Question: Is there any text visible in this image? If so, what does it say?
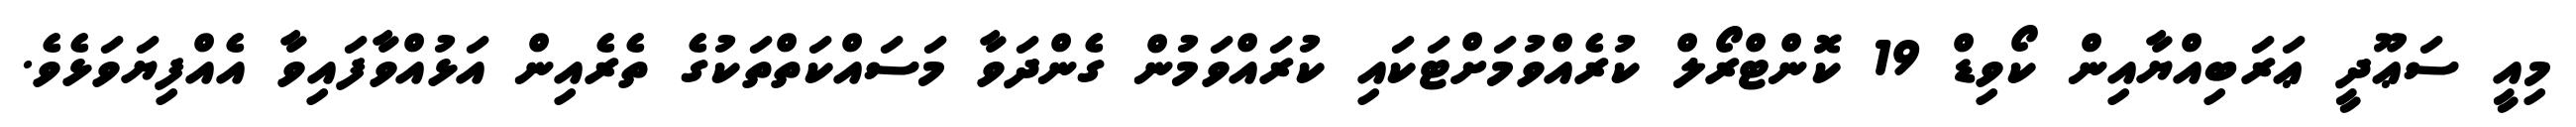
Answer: މިއީ ސަޢޫދީ ޢަރަބިއްޔާއިން ކޯވިޑް 19 ކޮންޓްރޯލް ކުރެއްވުމަށްޓަކައި ކުރައްވަމުން ގެންދަވާ މަސައްކަތްތަކުގެ ތެރެއިން އަޅުއްވާފައިވާ އެއްފިޔަވަޅެވެ.